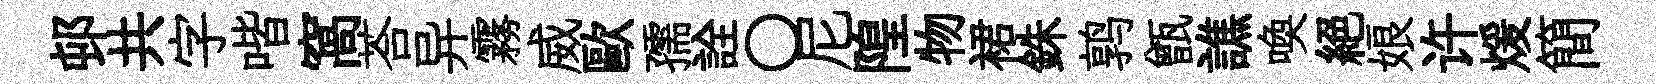
邨共字喈窩荅异霧威歐孺詮〇尼隍物裙銖鹑甑譙喚絕娘许煖簡